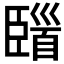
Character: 𩠞